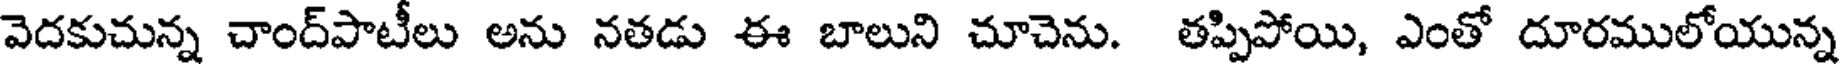
వెదకుచున్న చాంద్పాటీలు అను నతడు ఈ బాలుని చూచెను. తప్పిపోయి, ఎంతో దూరములోయున్న